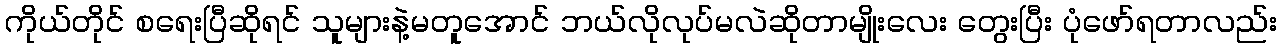
ကိုယ်တိုင် စရေးပြီဆိုရင် သူများနဲ့မတူအောင် ဘယ်လိုလုပ်မလဲဆိုတာမျိုးလေး တွေးပြီး ပုံဖော်ရတာလည်း